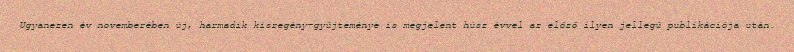
Ugyanezen év novemberében új, harmadik kisregény-gyűjteménye is megjelent húsz évvel az előző ilyen jellegű publikációja után.